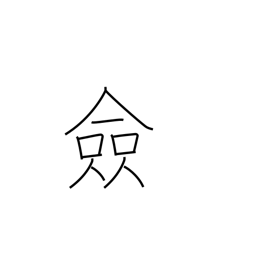
Meaning: all